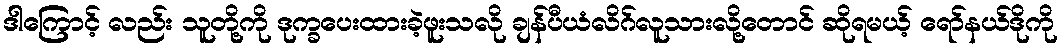
ဒါကြောင့် လည်း သူတို့ကို ဒုက္ခပေးထားခဲ့ဖူးသလို ချန်ပီယံလိဂ်လူသားလို့တောင် ဆိုရမယ့် ရော်နယ်ဒိုကို